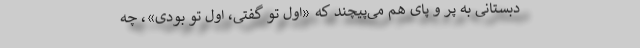
دبستانی به پر و پای هم می‌پیچند که «اول تو گفتی، اول تو بودی»، چه